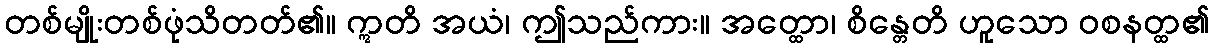
တစ်မျိုးတစ်ဖုံသိတတ်၏။ ဣတိ အယံ၊ ဤသည်ကား။ အတ္ထော၊ စိန္တေတိ ဟူသော ဝစနတ္ထ၏